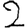
Digit: 2